Annual report on the working of the mental hospitals in the Madras Presidency - 1912-1932
Year: 1912
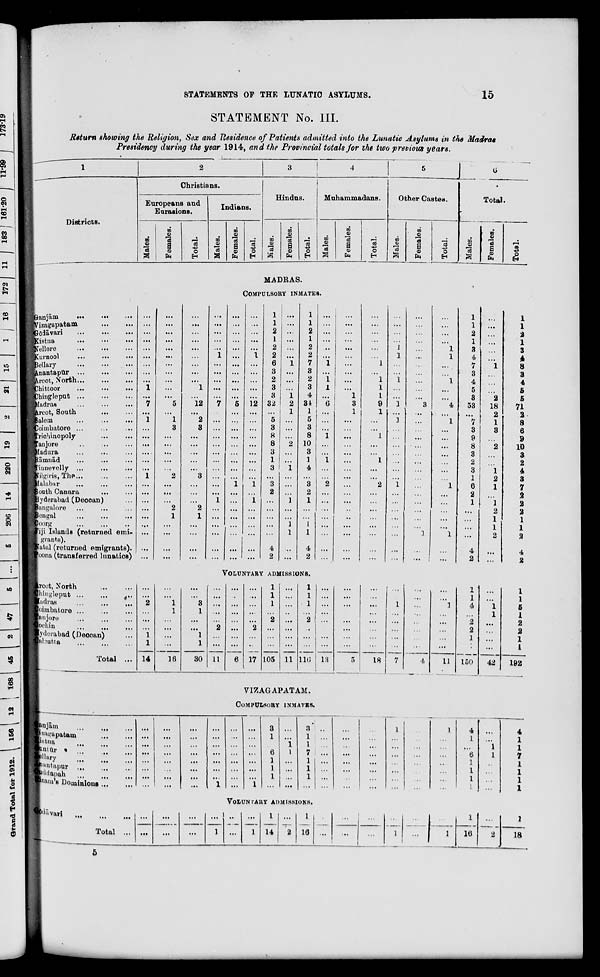
STATEMENTS OF THE LUNATIC ASYLUMS.
15
STATEMENT No. III.
Return showing the Religion, Sex and Residence of Patients admitted into the Lunatic Asylums in the Madras
Presidency during the year 1914, and the Provincial totals for the two previous years.
1
Districts.
2
Christians.
Europeans and
Eurasions.
Males.
Females.
Total.
Indians.
Males.
Females.
Total.
3
Hindus.
Males.
Females.
Total.
4
Muhammadans.
Males.
Females.
Total.
5
Other Castes.
Males.
Females.
Total.
6
Total.
Males.
Females.
Total.
MADRAS.
COMPULSORY INMATES..
Ganjām
...
...
...
Vizagapatam ... ... ...
Gōdāvari
...
...
...
Kistna
... ... ...
Nellore
...
...
...
Kurnool
...
...
...
Bellary
...
...
...
Anantapur
...
...
...
Arcot, North
...
...
...
Chittoor
...
...
Chingleput
...
...
...
Madras ... ... ...
Arcot, South
...
...
...
Salem
...
...
...
Coimbatore ... ... ...
Trichinopoly ... ...
Tanjore
...
...
...
Madura ... ... ...
Rāmnād ... ... ...
Tinnevelly ... ... ...
Nilgiris, The
...
...
...
Malabar ... ... ...
South Canara ... ...
Hyderabad (Deccan) ...
Bangalore ... ... ...
Bengal ... ... ...
Coorg ... ... ...
Fiji Islands (returned emi
grants).
Natal (returned emigrants).
Poona (transferred lunatics)
...
...
...
...
...
...
...
...
...
1
...
7
...
1
...
...
...
...
...
...
1
...
...
...
...
...
...
...
...
...
...
...
...
...
...
...
...
...
...
...
...
5
...
1
3
...
...
...
...
...
2
...
...
...
2
1
...
...
...
...
...
...
...
...
...
...
...
...
...
1
...
12
...
2
3
...
...
...
...
...
3
...
...
...
2
1
...
...
...
...
...
...
...
...
...
1
...
...
...
...
...
7
...
...
...
...
...
...
...
...
...
...
1
...
...
...
...
...
...
...
...
...
...
...
...
...
...
...
...
...
5
...
...
...
...
...
...
...
...
...
1
...
...
...
...
...
...
...
...
...
...
...
...
...
1
...
...
...
...
...
12
...
...
...
...
...
...
...
...
...
1
...
1
...
...
...
...
...
...
1
1
2
1
2
2
6
3
2
3
3
32
...
5
3
8
8
3
1
3
...
3
2
...
...
...
...
...
4
2
...
...
...
...
...
...
1
...
...
...
1
2
1
...
...
...
2
...
...
1
...
...
...
1
...
...
1
1
...
...
1
1
2
1
2
2
7
3
2
3
4
34
1
5
3
8
10
3
1
4
...
3
2
1
...
...
1
1
4
2
...
...
...
...
...
...
1
...
1
1
...
6
...
...
...
1
...
...
1
...
...
2
...
...
...
...
...
...
...
...
...
...
...
...
...
...
...
...
...
...
1
3
1
...
...
...
...
...
...
...
...
...
...
...
...
...
...
...
...
...
...
...
...
...
...
...
1
...
1
1
1
9
1
...
...
1
...
...
1
...
...
2
...
...
...
...
...
...
...
...
...
...
...
...
1
1
...
...
1
...
...
1
...
3
...
...
...
...
...
...
...
1
...
...
...
...
...
...
...
...
...
...
...
...
...
...
...
...
...
...
...
3
...
...
...
...
...
...
...
...
...
...
...
...
...
...
...
1
...
...
...
...
...
...
1
1
...
...
1
...
...
4
...
1
...
...
...
...
...
...
...
1
...
...
...
...
...
1
...
...
1
1
2
1
3
4
7
3
4
5
3
53
...
7
3
9
8
3
2
3
1
6
2
1
...
...
...
...
4
2
...
...
...
...
...
...
1
...
...
...
2
18
2
1
3
...
2
...
...
1
2
1
...
1
2
1
1
2
...
...
1
1
2
1
3
4
8
3
4
5
5
71
2
8
6
9
10
3
2
4
3
7
2
2
2
1
1
2
4
2
VOLUNTARY
ADMISSIONS.
Arcot, North
...
...
...
Chingleput ... ... ... ...
Madras ... ... ...
Coimbatore ... ... ...
Tanjore ... ... ...
Cochin
...
...
...
Hyderabad (Deccan) ...
Calcutta ... ... ...
Total ...
...
...
2
...
...
...
1
1
14
...
...
1
1
...
...
...
...
16
...
...
3
1
...
...
1
1
30
...
...
...
...
...
2
...
...
11
...
...
...
..
...
...
...
...
6
...
...
...
...
...
2
...
...
17
1
1
1
...
2
...
...
...
105
...
...
...
...
...
...
...
...
11
1
1
1
...
2
...
...
...
116
...
...
...
...
...
...
...
...
13
...
...
...
...
...
...
...
...
5
...
...
...
...
...
...
...
...
18
...
...
1
...
...
...
...
...
7
...
...
...
...
...
...
...
...
4
...
...
1
...
...
...
...
...
11
1
1
4
...
2
2
1
...
150
...
...
1
1
...
...
...
...
42
1
1
5
1
2
2
1
1
192
VIZAGAPATAM.
COMPULSORY
INMATES.
Ganjām
...
...
...
Vizagapatam ... ...
Kistna
...
...
...
Guntūr
...
...
...
Bellary
...
...
...
Anantapur ... ... ...
Guddapah ... ... ...
Mizam's Dominions ... ...
...
...
...
...
...
...
...
...
...
...
...
...
...
...
...
...
...
...
...
...
...
...
...
...
...
...
...
...
...
...
...
1
...
...
...
...
...
...
...
...
...
...
...
...
...
...
...
1
3
1
...
6
1
1
1
...
...
...
1
1
...
...
...
...
3
1
1
7
1
1
1
...
...
...
...
...
...
...
...
...
...
...
...
...
...
...
...
...
...
...
...
...
...
...
...
...
1
...
...
...
...
...
...
...
...
...
...
...
...
...
...
...
1
...
...
...
...
...
...
...
4
1
...
6
1
1
1
1
...
...
1
1
...
...
...
...
4
1
1
7
1
1
1
1
VOLUNTARY
ADMISSTION.
Gōdāvari... ... ... ...
Total ...
...
...
...
...
...
...
...
1
...
...
...
1
1
14
...
2
1
16
...
...
...
...
...
...
...
1
...
...
...
1
1
16
...
2
1
18
5